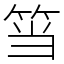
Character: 筜